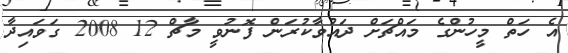
އެ ހަތް މީހުންގެ މައްޗަށް ދައުވާކުރަން ފޮނުވީ މާޗް 12 2008 ގަވައިދާ